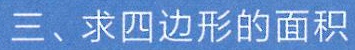
三、求四边形的面积